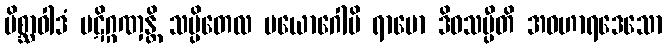
မိစ္ဆာဝါဒံ ပဋိဂ္ဂဏှန္တိ သပ္ပိတေလ ပယောဂေါပိ ရာမော ဒိဝသမ္ပီတိ အဝဟာရဒေသော